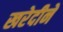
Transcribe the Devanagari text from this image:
खरेदीने